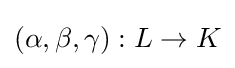
(\alpha ,\beta ,\gamma ):L\to K